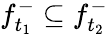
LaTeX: f_{t_{1}}^{-}\subseteq f_{t_{2}}^{-}